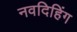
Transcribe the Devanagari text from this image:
नवदिहिंग